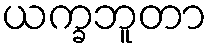
ယက္ခဘူတာ